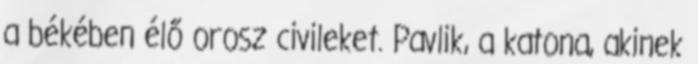
a békében élő orosz civileket. Pavlik, a katona, akinek